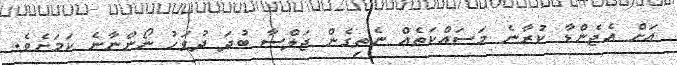
އަށް އެޖެންޑާ ކުރާނެ މަސައްކަތެއް ނެތިގެން ޖަލްސާ ބުދަ ދުވަހު ނޯންނާނެ ކަމަށެވެ.